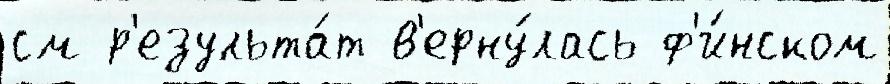
см р'езульта́т в'ерну́лась ф'и́нском